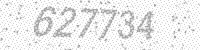
Solution: 627734